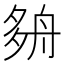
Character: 𡖫